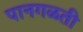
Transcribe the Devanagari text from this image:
पानगळती